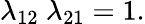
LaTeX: \lambda_{12}\ \lambda_{21}=1.